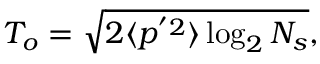
\begin{array} { r } { T _ { o } = \sqrt { 2 \langle p ^ { ' 2 } \rangle \log _ { 2 } N _ { s } } , } \end{array}